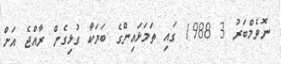
ނޮވެމްބަރު 3 1988 ގައި ތަމަޅައިންގެ ބަޔަކާ ގުޅިގެން ރާއްޖެ އަށް